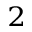
^ 2